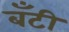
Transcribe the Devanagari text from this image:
बॅंटी